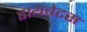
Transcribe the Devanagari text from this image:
डायबेटस